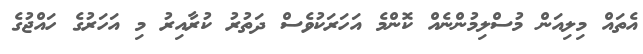
އެތައް މިލިއަން މުސްލިމުންނެއް ކޮންމެ އަހަރަކުވެސް ދަތުރު ކުރާއިރު މި އަހަރުގެ ހައްޖުގެ